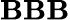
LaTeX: \mathbf{B}\mathbf{B}\mathbf{B}